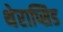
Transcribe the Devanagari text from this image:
थेराप्सिड